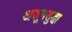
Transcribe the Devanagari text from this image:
अजूनसुद्धा